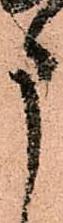
申